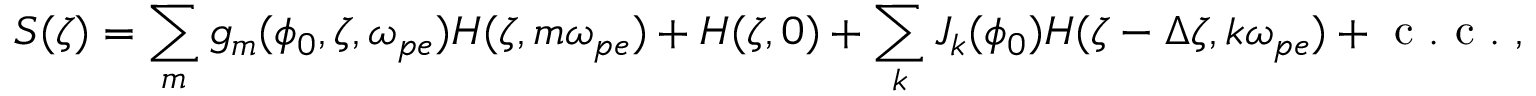
S ( \zeta ) = \sum _ { m } g _ { m } ( \phi _ { 0 } , \zeta , \omega _ { p e } ) H ( \zeta , m \omega _ { p e } ) + H ( \zeta , 0 ) + \sum _ { k } J _ { k } ( \phi _ { 0 } ) H ( \zeta - \Delta \zeta , k \omega _ { p e } ) + \mathrm { ~ c ~ . ~ c ~ . ~ } ,